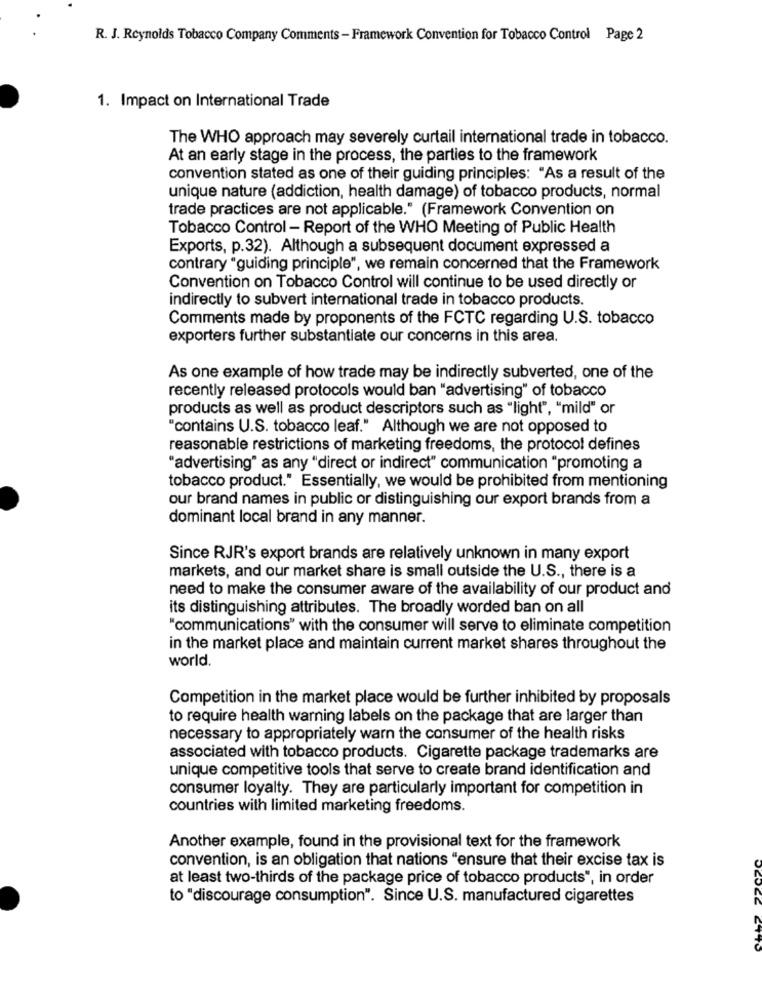
R. J. Reynolds Tobacco Company Comments - Framework Convention for Tobacco Control Page 2
1. Impact on International Trade
The WHO approach may severely curtail international trade in tobacco.
At an early stage in the process, the parties to the framework
convention stated as one of their guiding principles: "As a result of the
unique nature (addiction, health damage) of tobacco products, normal
trade practices are not applicable." (Framework Convention on
Tobacco Control - Report of the WHO Meeting of Public Health
Exports, p.32). Although a subsequent document expressed a
contrary "guiding principle", we remain concerned that the Framework
Convention on Tobacco Control will continue to be used directly or
indirectly to subvert international trade in tobacco products.
Comments made by proponents of the FCTC regarding U.S. tobacco
exporters further substantiate our concerns in this area.
As one example of how trade may be indirectly subverted, one of the
recently released protocols would ban "advertising" of tobacco
products as well as product descriptors such as "light", "mild" or
"contains U.S. tobacco leaf." Although we are not opposed to
reasonable restrictions of marketing freedoms, the protocol defines
"advertising" as any "direct or indirect" communication "promoting a
tobacco product." Essentially, we would be prohibited from mentioning
our brand names in public or distinguishing our export brands from a
dominant local brand in any manner.
Since RJR's export brands are relatively unknown in many export
markets, and our market share is small outside the U.S ., there is a
need to make the consumer aware of the availability of our product and
its distinguishing attributes. The broadly worded ban on all
"communications" with the consumer will serve to eliminate competition
in the market place and maintain current market shares throughout the
world.
Competition in the market place would be further inhibited by proposals
to require health warning labels on the package that are larger than
necessary to appropriately warn the consumer of the health risks
associated with tobacco products. Cigarette package trademarks are
unique competitive tools that serve to create brand identification and
consumer loyalty. They are particularly important for competition in
countries with limited marketing freedoms.
Another example, found in the provisional text for the framework
convention, is an obligation that nations "ensure that their excise tax is
at least two-thirds of the package price of tobacco products", in order
to "discourage consumption". Since U.S. manufactured cigarettes
ICC CTTO